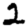
Digit: 2